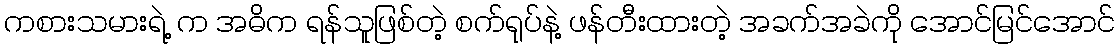
ကစားသမားရဲ့ က အဓိက ရန်သူဖြစ်တဲ့ စက်ရုပ်နဲ့ ဖန်တီးထားတဲ့ အခက်အခဲကို အောင်မြင်အောင်